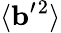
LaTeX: \langle{{\mathbf{b}}^{\prime}{}^{2}}\rangle